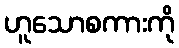
ဟူသောစကားကို